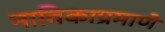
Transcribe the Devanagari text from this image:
नाविकाप्रमाणे